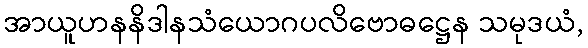
အာယူဟနနိဒါနသံယောဂပလိဗောဓဋ္ဌေန သမုဒယံ,